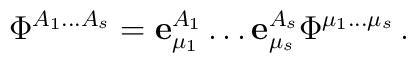
\Phi^{A_1\ldots A_s}={\bf e}_{\mu_1}^{A_1}\ldots {\bf e}_{\mu_s}^{A_s}\Phi^{\mu_1 \ldots \mu_s}\,.